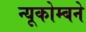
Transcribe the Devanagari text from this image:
न्यूकोम्बने